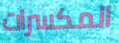
المكسرات